Report on horse surra - Volume II, Part II
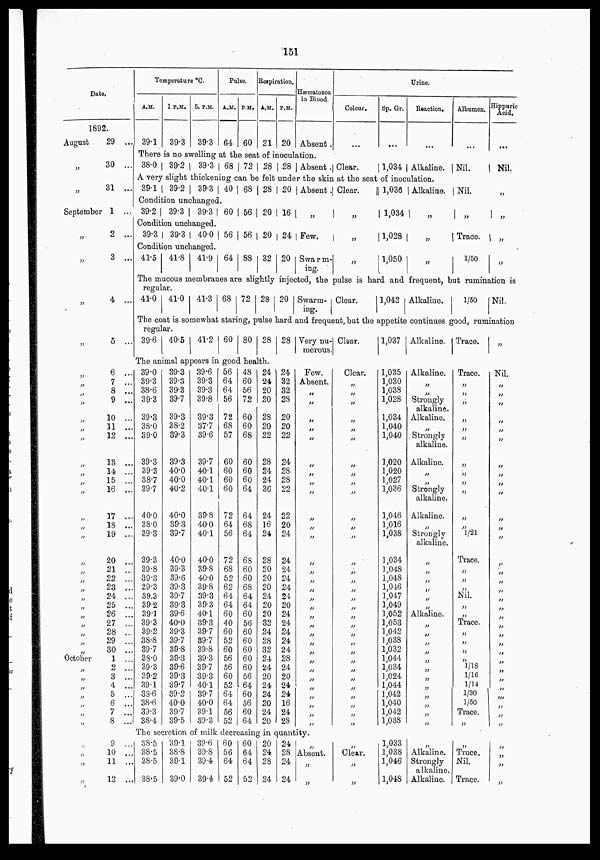
151
Date.
1892.
August
„
„
September
„
„
„
„
„
„
„
„
„
„
„
„
„
„
„
„
„
„
„
„
„
„
„
„
„
„
„
„
„
„
„
„
„
„
„
October
„
„
„
„
„
„
„
„
„
„
„
„
29 ...
30 ...
31 ...
1 ...
2 ...
3 ...
4 ...
5 ...
6 ...
7 ...
8 ...
9 ...
10 ...
11 ...
12 ...
13 ...
14 ...
15 ...
16 ...
17 ...
18 ...
19 ...
20 ...
21 ...
22 ...
23 ...
24 ...
25 ...
26 ...
27 ...
28 ...
29 ...
30 ...
1 ...
2 ...
3 ...
4 ...
5 ...
6 ...
7 ...
8 ...
9 ...
10 ...
11 ...
12 ...
Temperature °C.
A.M.
39.1
1 P.M.
39.3
5. P.M.
39.3
Pulse.
A.M.
64
P.M.
60
Respiration.
A.M.
21
P.M.
20
Hæmatozoa
in Blood.
Absent .
There is no swelling at the seat of inoculation.
38.0 39.2
39.3 68 72 28 28 Absent.
Colour.
Clear.
Urine.
Sp. Gr.
Reaction.
1,034 Alkaline.
A very slight thickening can be felt under the skin at the seat of inoculation.
39.1 39.2
39.3 40 68 28 20 Absent.
Condition unchanged.
39.2 39.3
39.3 60 56 20 16
„
Condition unchanged.
39.3 39.3 40.0 56 56 20 24 Few.
Condition unchanged.
41.5 41.8 41.9 64 88 32 20 Swarm-
ing.
Clear.
„
„
„
1,036 Alkaline.
1,034 „
1,028 „
1,050
„
Albumen.
Nil.
Nil.
„
Trace.
1/50
Hippuric
Acid.
...
Nil.
„
„
„
„
The mucous membranes are slightly injected, the pulse is hard and frequent, but rumination is
regular.
41.0 41.0 41.3 68 72 28 20 Swarm¬
ing.
Clear.
1,042 Alkaline.
1/50
Nil.
The coat is somewhat staring, pulse hard and frequent, but the appetite continues good, rumination
regular.
39.6 40.5 41.2 60 80 28 28 Very nu-
merous.
Clear.
1,037 Alkaline. Trace.
The animal appears in good hea1th.
39.0
39.3
38.6
39.3
39.3
38.0
39.0
39.3
39.3
38.7
39.7
40.0
38.0
39.3
39.3
39.8
39.3
39.3
39.3
39.2
39.1
39.3
39.2
38.8
39.7
38.0
39.3
39.2
39.1
38.6
38.6
39.3
38.4
39.3
39.3
39.3
39.7
39.3
38.2
39.3
39.3
40.0
40.0
40.2
40.0
39.3
39.7
40.0
39.3
39.6
39.3
39.7
39.3
39.6
40.0
39.3
39.7
39.8
39.3
39.6
39.3
39.7
39.2
40.0
39.7
39.5
39.6
39.3
39.3
39.8
39.3
37.7
39.6
39.7
40.1
40.1
40.1
39.8
40.0
40.1
40.0
39.8
40.0
39.8
39.3
39.3
40.1
39.3
39.7
39.7
39.8
39.3
39.7
39.3
40.1
39.7
40.0
39.1
39.3
56
64
64
56
72
68
57
60
60
60
60
72
64
56
72
68
52
62
64
64
60
40
60
52
60
56
56
60
52
64
64
56
52
48
60
56
72
60
60
68
60
60
60
64
64
68
64
68
60
60
68
64
64
60
56
60
60
60
60
60
56
64
60
56
60
64
24
24
20
20
28
20
22
28
24
24
36
24
16
24
28
20
20
20
24
20
20
32
24
28
32
24
24
20
24
24
20
24
20
24
32
32
28
20
20
22
24
28
28
22
22
20
24
24
24
24
24
24
20
24
24
24
24
24
28
24
20
24
24
16
24
28
Few.
Absent.
„
„
„
„
„
„
„
„
„
„
„
„
„
„
„
„
„
„
„
„
„
„
„
„
„
„
„
„
„
„
„
„
The secretion of milk decreasing in quantity.
38.5
38.5
38.5
38.5
39.1
38.8
39.1
39.0
39.6
39.8
39.4
39.4
60
56
64
52
60
64
64
52
20
24
28
24
24
28
24
24
Absent.
„
„
Clear.
„
„
„
„
„
„
„
„
„
„
„
„
„
„
„
„
„
„„
„
„
„
„
„
„
„
„
„
„
„
„
„
„
„
„
„
Clear.
„
„
1,035
1,030
1,038
1,028
1,034
1,040
1,040
1,020
1,020
1,027
1,036
1,046
1,016
1,038
1,034
1,048
1,048
1,046
1,047
1,049
1,052
1,053
1,042
1,038
1,032
1,044
1,034
1,024
1,044
1,042
1,040
1,042
1,038
Alkaline.
„
„
Strongly
alkaline.
Alkaline.
„
Strongly
alkaline.
Alkaline.
„
„
Strongly
alkaline.
Alkaline.
„
Strongly
alkaline.
„
„
„
„
„
„
Alkaline.
„
„
„
„
„
„
„
„
„
„
„
„
1,033
1,038
1,046
1,048
„
Alkaline.
Strongly
alkaline.
Alkaline.
Trace.
„
„
„
„
„
„
„
„
„
„
„
„
1/21
Trace.
„
„
„
Nil.
„
„
Trace.
„
„
„
„
1/18
1/16
1/14
1/30
1/50
Trace.
„
„
Trace.
Nil.
Trace.
„
Nil.
„
„
„
„
„
„
„
„
„
„
„
„
„
„
„
„
„
„
„
„
„
„
„
„
„
„
„
„
„
„
„
„
„
„
„
„
„
„